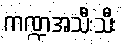
ကဏ္ဍအသီးသီး